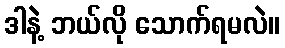
ဒါနဲ့ ဘယ်လို သောက်ရမလဲ။